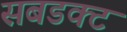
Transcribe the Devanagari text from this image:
सबडक्ट